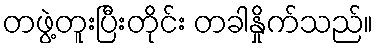
တဖွဲ့တူးပြီးတိုင်း တခါနှိုက်သည်။